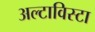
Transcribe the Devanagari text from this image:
अल्टाविस्टा